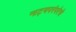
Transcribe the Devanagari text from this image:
नाट्यपरंपरेचे